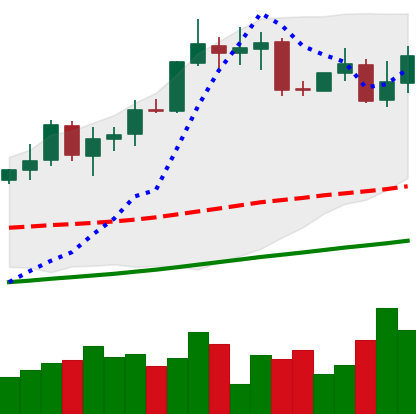
Ticker: XMR-USD
Chart end date: 2020-10-22
Forward return: 5.242%
Label: up_5_7